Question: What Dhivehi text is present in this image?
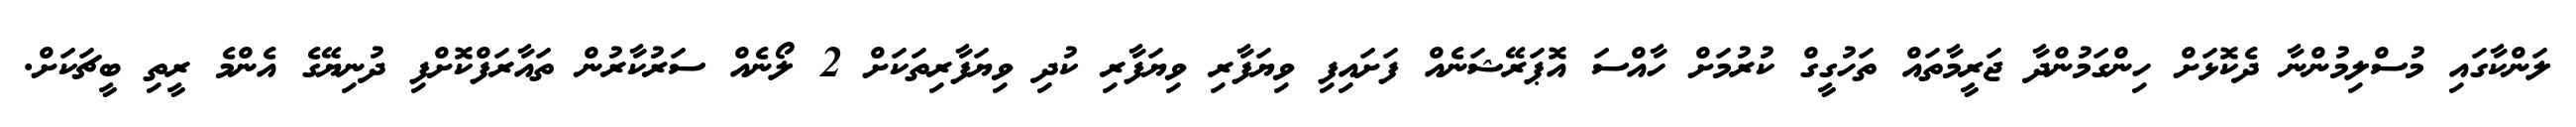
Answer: ލަންކާގައި މުސްލިމުންނާ ދެކޮޅަށް ހިންގަމުންދާ ޖަރީމާތައް ތަހުގީގް ކުރުމަށް ހާއްސަ އޮޕަރޭޝަނެއް ފަށައިފި ވިޔަފާރި ވިޔަފާރި ކުދި ވިޔަފާރިތަކަށް 2 ލޯނެއް ސަރުކާރުން ތައާރަފްކޮށްފި ދުނިޔޭގެ އެންމެ ރީތި ބީޗަކަށް.